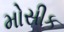
મોસીક